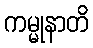
ကမ္မုနာတိ